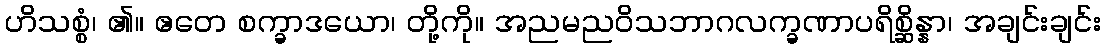
ဟိသစ္စံ၊ ၏။ ဧတေ စက္ခာဒယော၊ တို့ကို။ အညမညဝိသဘာဂလက္ခဏာပရိစ္ဆိန္နာ၊ အချင်းချင်း